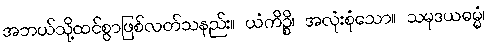
အဘယ်သို့ထင်စွာဖြစ်လတ်သနည်း။ ယံကိဉ္စိ၊ အလုံးစုံသော။ သမုဒယဓမ္မံ၊